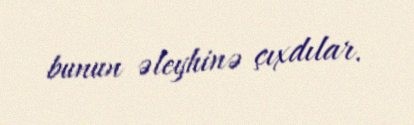
bunun əleyhinə çıxdılar.